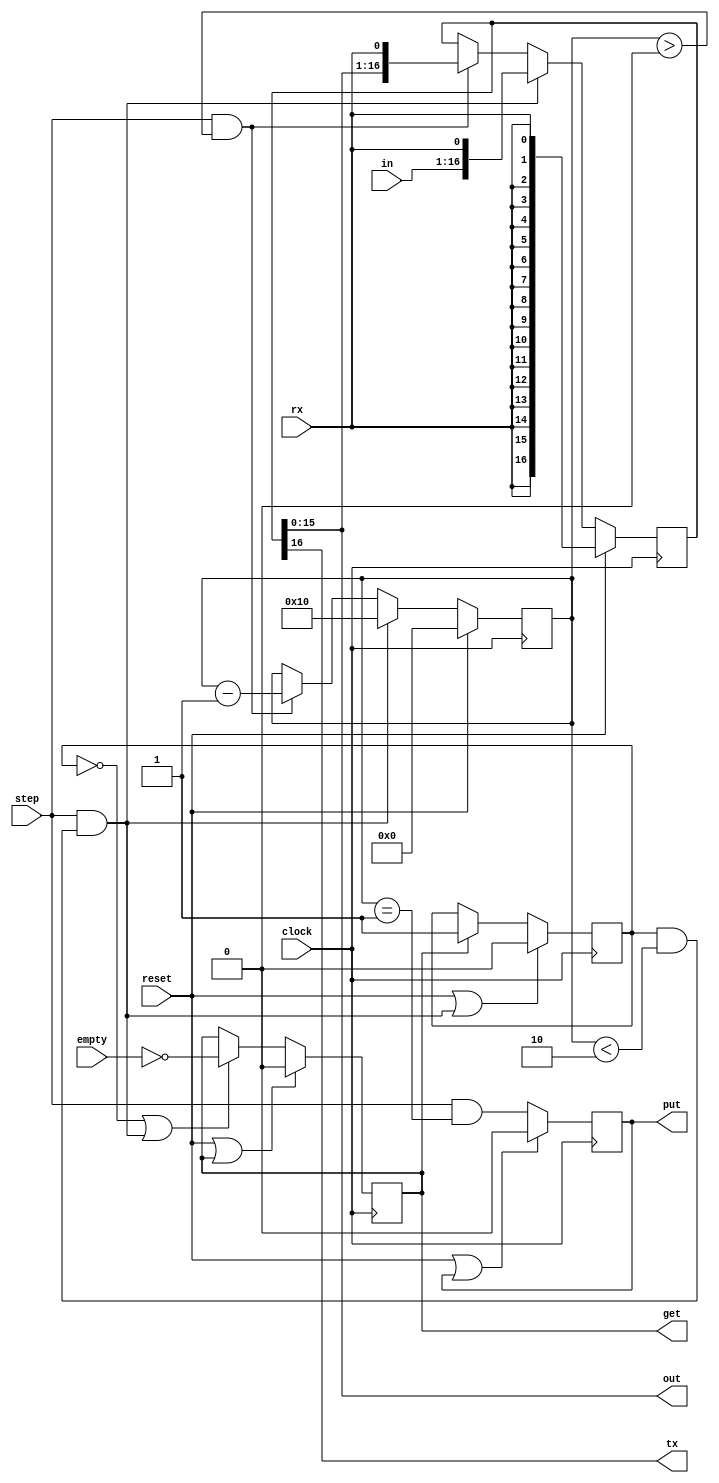
/*
 * Bit-Bang Module
 *
 * Copyright (c) 2021 Alexei A. Smekalkine <ikle@ikle.ru>
 *
 * SPDX-License-Identifier: BSD-2-Clause
 */

`ifndef BITBANG_V
`define BITBANG_V  1

module bitbang #(
	parameter W = 16
)(
	input clock, input reset, input step,
	input  [W-1:0] in,  output reg get, input empty,
	output [W-1:0] out, output reg put,
	input rx, output tx
);
	localparam CW = $clog2 (W + 1);

	reg [CW-1:0] count;
	reg [W:0] state;
	reg got;
	wire consume, shift, emit;

	assign consume = step & (got & count < 2);
	assign shift   = step & (count > 0);
	assign emit    = step & (count == 1);

	always @(posedge clock)
		if (reset) begin
			count <= 0;
			state <= {W+1 {rx}};
		end
		else if (consume) begin
			count <= W;  /* add & use size argument, pad with rx? */
			state <= {in, rx};
		end
		else if (shift) begin
			count <= count - 1;
			state <= {state[W-1:0], rx};
		end

	always @(posedge clock)
		if (reset | get)
			get <= 0;
		else
		if (!got | consume)
			get <= !empty;

	always @(posedge clock)
		if (reset | consume)
			got <= 0;
		else
		if (get)
			got <= 1;

	always @(posedge clock)
		if (reset | put)
			put <= 0;
		else
			put <= emit;

	assign out = state[W-1:0];
	assign tx  = state[W];
endmodule

`endif  /* BITBANG_V */